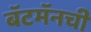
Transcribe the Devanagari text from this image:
बॅटमॅनची